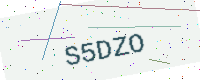
Text: S5DZO